Annual report of the Madras Medical College
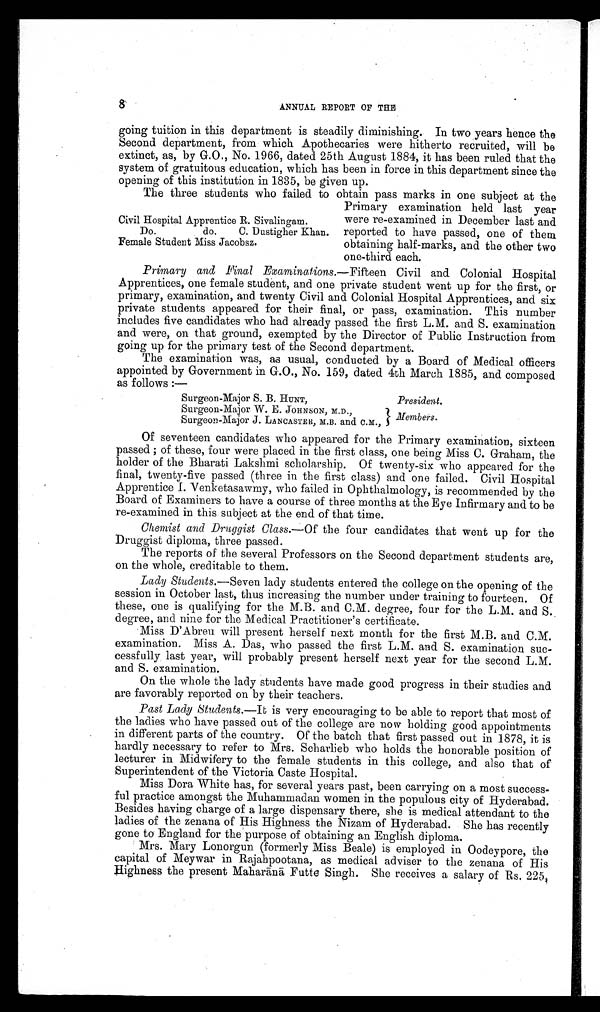
8
ANNUAL REPORT OF THE
going tuition in this department is steadily diminishing. In two years hence the
Second department, from which Apothecaries were hitherto recruited, will be
extinct, as, by G.O., No. 1966, dated 25th August 1884, it has been ruled that the
system of gratuitous education, which has been in force in this department since the
opening of this institution in 1835, be given up.
The three students who failed to obtain pass marks in one subject at the
Primary examination held last year
were re-examined in December last and
reported to have passed, one of them
obtaining half-marks, and the other two
one-third each.
Primary and Final Examinations.—Fifteen Civil and Colonial Hospital
Apprentices, one female student, and one private student went up for the first, or
primary, examination, and twenty Civil and Colonial Hospital Apprentices, and six
private students appeared for their final, or pass, examination. This number
includes five candidates who had already passed the first L.M. and S. examination
and were, on that ground, exempted by the Director of Public Instruction from
going up for the primary test of the Second department.
The examination was, as usual, conducted by a Board of Medical officers
appointed by Government in G.O., No. 159, dated 4th March 1885, and composed
as follows:—
Surgeon-Major S . B. HUNT,
President.
Surgeon-Major W. E. JOHNSON, M.D.,
Members.
Surgeon-Major J. LANCASTER, M.B. and C.M.,
Of seventeen candidates who appeared for the Primary examination, sixteen
passed; of these, four were placed in the first class, one being Miss C. Graham, the
holder of the Bharati Lakshmi scholarship. Of twenty-six who appeared for the
final, twenty-five passed (three in the first class) and one failed. Civil Hospital
Apprentice I. Venketasawmy, who failed in Ophthalmology, is recommended by the
Board of Examiners to have a course of three months at the Eye Infirmary and to be
re-examined in this subject at the end of that time.
Chemist and Druggist Class .—Of the four candidates that went up for the
Druggist diploma, three passed.
The reports of the several Professors on the Second department students are,
on the whole, creditable to them.
Lady Students .—Seven lady students entered the college on the opening of the
session in October last, thus increasing the number under training to fourteen. Of
these, one is qualifying for the M.B. and C.M. degree, four for the L.M. and S.
degree, and nine for the Medical Practitioner's certificate.
Miss D'Abreu will present herself next month for the first M.B. and C.M.
examination. Miss A. Das, who passed the first L.M. and S. examination suc-
cessfully last year, will probably present herself next year for the second L.M.
and S. examination.
On the whole the lady students have made good progress in their studies and
are favorably reported on by their teachers.
Past Lady Students .—It is very encouraging to be able to report that most of
the ladies who have passed out of the college are now holding good appointments
in different parts of the country. Of the batch that first passed out in 1878, it is
hardly necessary to refer to Mrs. Scharlieb who holds the honorable position of
lecturer in Midwifery to the female students in this college, and also that of
Superintendent of the Victoria Caste Hospital.
Miss Dora White has, for several years past, been carrying on a most success-
ful practice amongst the Muhammadan women in the populous city of Hyderabad.
Besides having charge of a large dispensary there, she is medical attendant to the
ladies of the zenana of His Highness the Nizam of Hyderabad. She has recently
gone to England for the purpose of obtaining an English diploma.
Mrs. Mary Lonorgun (formerly Miss Beale) is employed in Oodeypore, the
capital of Meywar in Rajahpootana, as medical adviser to the zenana of His
highness the present Mahar ānā Futte Singh. She receives a salary of Rs. 225,
Civil Hospital Apprentice R. Sivalingam.
Do. do. C. Dustigher Khan.
Female Student Miss Jacobsz.